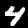
Digit: 4